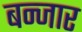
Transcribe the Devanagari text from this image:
बन्जार